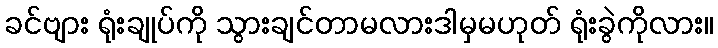
ခင်ဗျား ရုံးချုပ်ကို သွားချင်တာမလားဒါမှမဟုတ် ရုံးခွဲကိုလား။